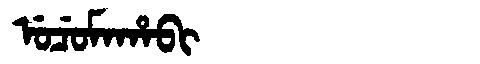
Manchu: ᡠᠴᡠᠮᠠᡥᠠᠪᡳ
Romanization: UCUMAHABI